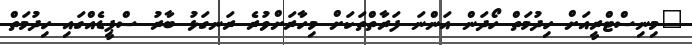
"މިނިސްޓްރީއަށް ހިދުމަތް ހޯދަން އަންނަ ފަރާތްތަކަށް މިހާރަށްވުރެ ރަނގަޅު ބާރު ސްޕީޑެއްގައި ހިދުމަތް